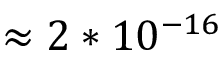
\approx 2 * 1 0 ^ { - 1 6 }